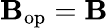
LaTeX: \mathbf{B}_{\mathrm{{op}}}=\mathbf{B}